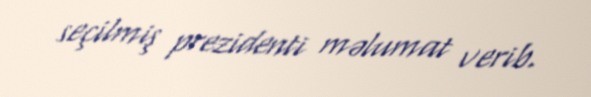
seçilmiş prezidenti məlumat verib.